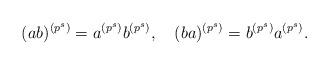
LaTeX: \begin{align*} (ab)^{(p^s)}=a^{(p^s)}b^{(p^s)},\ \ \ (ba)^{(p^s)}=b^{(p^s)}a^{(p^s)}. \end{align*}